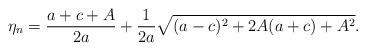
LaTeX: \begin{align*}\eta_n= \frac{a+c+A}{2a}+ \frac{1}{2a}\sqrt{(a-c)^2 +2A(a+c)+A^2}.\end{align*}